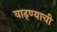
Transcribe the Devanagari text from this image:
वाढ्ण्याची